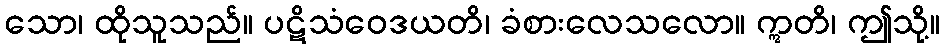
သော၊ ထိုသူသည်။ ပဋိသံဝေဒယတိ၊ ခံစားလေသလော။ ဣတိ၊ ဤသို့။